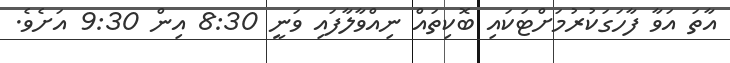
އާތަ އަވާ ފާހަގަކުރުމަށްޓަކައި ބޮކިތައް ނިއްވާލާފައި ވަނީ 8:30 އިން 9:30 އަށެވެ.